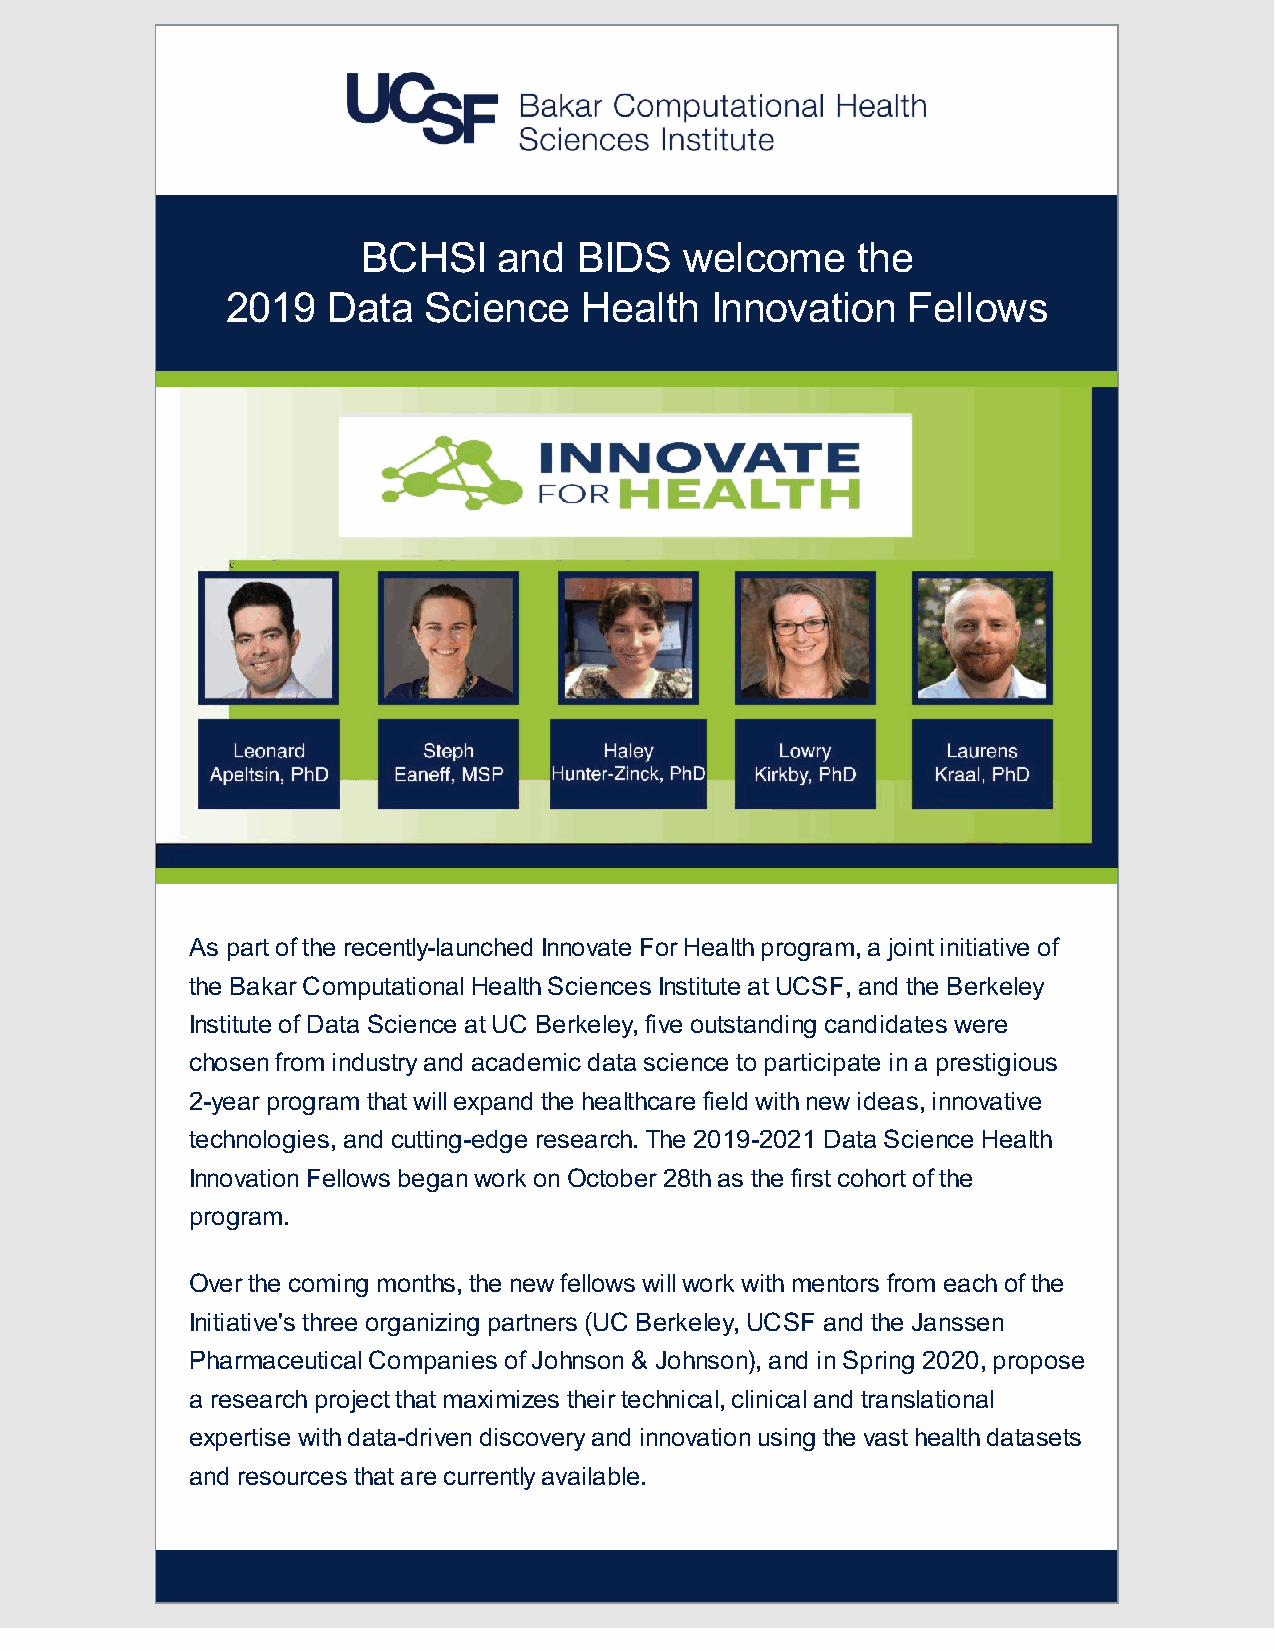
BCHSI    and  BIDS   welcome     the
 2019   Data  Science   Health   Innovation   Fellows
 As part of the recently-launched Innovate For Health program, a joint initiative of
 the Bakar Computational Health Sciences Institute at UCSF, and the Berkeley
 Institute of Data Science at UC Berkeley, five outstanding candidates were
 chosen from industry and academic data science to participate in a prestigious
 2-year program that will expand the healthcare field with new ideas, innovative
 technologies, and cutting-edge research. The 2019-2021 Data Science Health
 Innovation Fellows began work on October 28th as the first cohort of the
 program.
 Over the coming months, the new fellows will work with mentors from each of the
 Initiative's three organizing partners (UC Berkeley, UCSF and the Janssen
 Pharmaceutical Companies of Johnson & Johnson), and in Spring 2020, propose
 a research project that maximizes their technical, clinical and translational
 expertise with data-driven discovery and innovation using the vast health datasets
 and resources that are currently available.